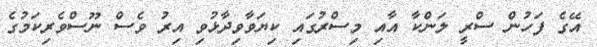
އޭގެ ފަހުން ސްރީ ލަންކާ އާއި މިސްރުގައި ކިޔަވާވިދާޅުވި އިރު ވެސް ނޫސްވެރިކަމުގެ